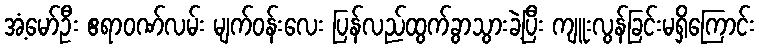
အံ့မော်ဦး ဧရာဝဏ်လမ်း မျက်ဝန်းလေး ပြန်လည်ထွက်ခွာသွားခဲ့ပြီး ကျူးလွန်ခြင်းမရှိကြောင်း